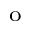
^ \mathrm { o }